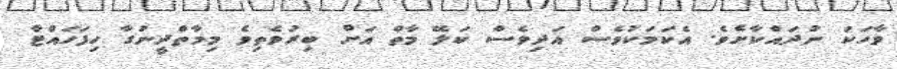
ވާހަކަ ނުދައްކާށެވެ. އެކަމަކުވެސް އަދިވެސް ކަލޭ މާތް އަށް ބިރުވެތިވެ މިމާތްދީނުގާ ހިފަހައްޓާ